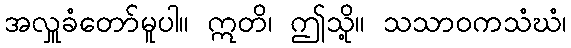
အလှူခံတော်မူပါ။ ဣတိ၊ ဤသို့။ သသာဝကသံဃံ၊